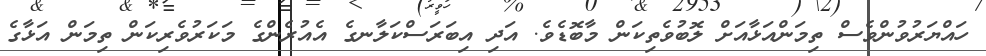
ހައްޔަރުވުންވެސް ތިމަންއަޅާއަށް ލޮބުވެތިކަން މާބޮޑެވެ. އަދި އިބަރަސްކަލާނގެ އެއުރެންގެ މަކަރުވެރިކަން ތިމަން އަޅާގެ